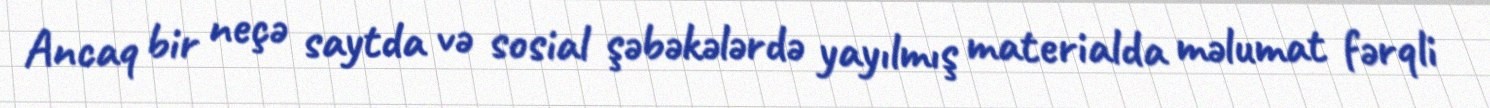
Ancaq bir neçə saytda və sosial şəbəkələrdə yayılmış materialda məlumat fərqli